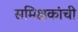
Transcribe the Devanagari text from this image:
समिक्षकांची